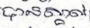
បានស្គាល់